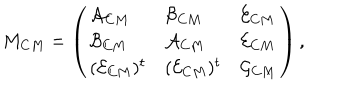
M _ { C M } = \left( \begin{array} { l l l } { { \mathcal { A } _ { C M } } } & { { \mathcal { B } _ { C M } } } & { { \mathcal { E } _ { C M } } } \\ { { \mathcal { B } _ { C M } } } & { { \mathcal { A } _ { C M } } } & { { \mathcal { E } _ { C M } } } \\ { { ( \mathcal { E } _ { C M } ) ^ { t } } } & { { ( \mathcal { E } _ { C M } ) ^ { t } } } & { { \mathcal { G } _ { C M } } } \\ \end{array} \right) ,